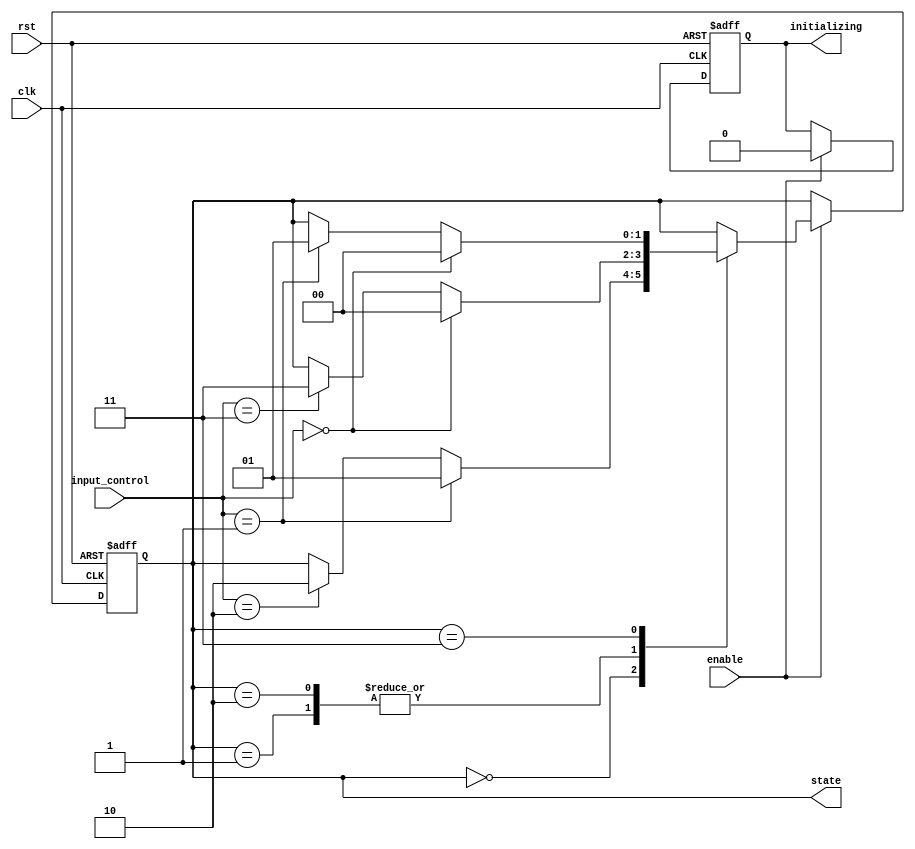
module PreConfiguredStateInitialization #(
    parameter STATE_WIDTH = 2,          // Width of the state encoding
    parameter INITIAL_STATE = 2'b00,    // Predefined initial state
    parameter NUM_STATES = 4             // Total number of states
)(
    input wire clk,                      // Clock signal
    input wire rst,                      // Reset signal (active high)
    input wire enable,                   // Enable signal for state transitions
    input wire [STATE_WIDTH-1:0] input_control, // Control inputs for state transitions
    output reg [STATE_WIDTH-1:0] state, // Current state output
    output reg initializing              // Status signal indicating initialization phase
);

    // State encoding
    localparam STATE_0 = 2'b00;
    localparam STATE_1 = 2'b01;
    localparam STATE_2 = 2'b10;
    localparam STATE_3 = 2'b11;

    // State transition logic
    always @(posedge clk or posedge rst) begin
        if (rst) begin
            // Reset condition
            state <= INITIAL_STATE; // Initialize to predefined state
            initializing <= 1'b1;    // Set initializing signal
        end else if (enable) begin
            // State transition logic based on input control
            case (state)
                STATE_0: begin
                    if (input_control == 2'b01) state <= STATE_1;
                    else if (input_control == 2'b10) state <= STATE_2;
                end
                STATE_1: begin
                    if (input_control == 2'b00) state <= STATE_0;
                    else if (input_control == 2'b11) state <= STATE_3;
                end
                STATE_2: begin
                    if (input_control == 2'b00) state <= STATE_0;
                    else if (input_control == 2'b11) state <= STATE_3;
                end
                STATE_3: begin
                    if (input_control == 2'b00) state <= STATE_0;
                    else if (input_control == 2'b01) state <= STATE_1;
                end
                default: state <= INITIAL_STATE; // Fallback to initial state
            endcase
            initializing <= 1'b0; // Clear initializing signal after first clock cycle
        end
    end

endmodule